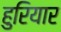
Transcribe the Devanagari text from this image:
हुरियार